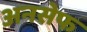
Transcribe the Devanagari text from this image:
अनसेफ